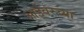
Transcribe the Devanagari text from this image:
आईवरच्या